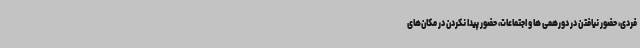
فردی، حضور نیافتن در دورهمی ها و اجتماعات، حضور پیدا نکردن در مکان‌های